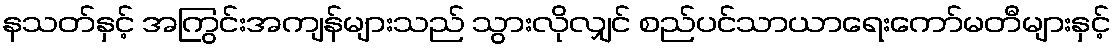
နသတ်နှင့် အကြွင်းအကျန်များသည် သွားလိုလျှင် စည်ပင်သာယာရေးကော်မတီများနှင့်